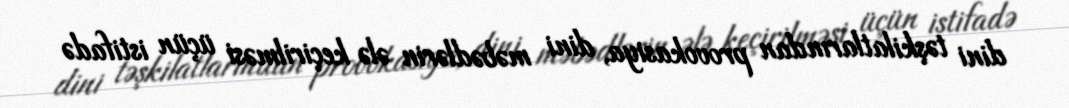
dini təşkilatlarından provokasiya, dini məbədlərin ələ keçirilməsi üçün istifadə